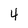
Character: 4